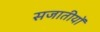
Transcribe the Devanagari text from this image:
सजातीयों